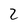
Character: 2